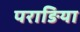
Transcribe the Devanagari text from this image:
पराङिया